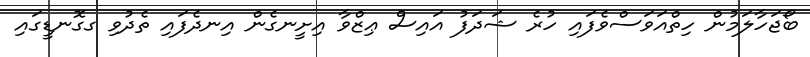
ބޯޖަހާލަމުން ހިތްއަވަސްވެފައި ހުރެ ޝަދަފު އައިސް ޢިޒްވާ އިށީނގެން އިނދެފައި ތެދުވި ގގޮނޑީގައި